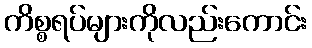
ကိစ္စရပ်များကိုလည်းကောင်း